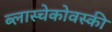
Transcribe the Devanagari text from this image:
ब्लास्चेकोवस्की